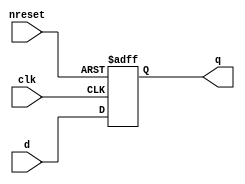
// This program was cloned from: https://github.com/aolofsson/oh
// License: MIT License

//#############################################################################
//# Function:  Positive edge-triggered static D-type flop-flop with async     #
//#            active low reset.                                              # 
//#                                                                           #
//# Copyright: OH Project Authors. All rights Reserved.                       #
//# License:   MIT (see LICENSE file in OH repository)                        # 
//#############################################################################

module oh_dffrq #(parameter DW = 1) // array width
   (
    input [DW-1:0] 	d,
    input [DW-1:0] 	clk,
    input [DW-1:0] 	nreset,
    output reg [DW-1:0] q
    );
   
   always @ (posedge clk or negedge nreset)
     if(!nreset)
       q <= 'b0;
     else
       q <= d;
      
endmodule